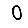
Digit: 0